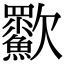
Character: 㱎